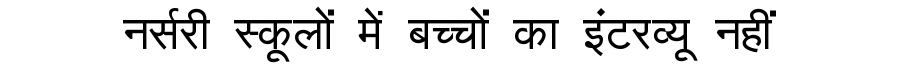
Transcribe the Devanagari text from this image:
नर्सरी स्कूलों में बच्चों का इंटरव्यू नहीं